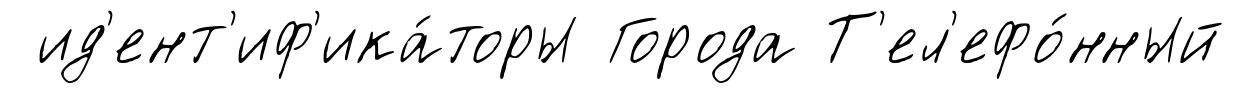
ид'ент'иф'ика́торы Города Т'ел'ефо́нный